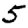
Digit: 5